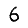
Digit: 6